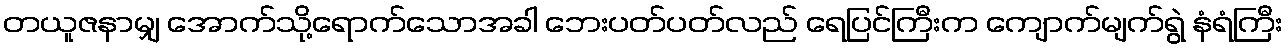
တယူဇနာမျှ အောက်သို့ရောက်သောအခါ ဘေးပတ်ပတ်လည် ရေပြင်ကြီးက ကျောက်မျက်ရွဲ နံရံကြီး